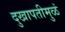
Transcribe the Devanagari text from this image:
दुखापतीमुळं